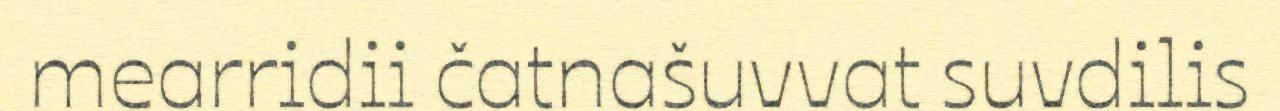
mearridii čatnašuvvat suvdilis